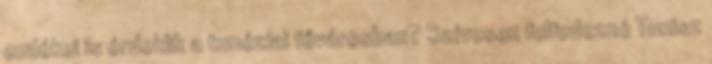
emlékei is érdeklik a tunéziai fővárosban? Szívesen felfedezné Tunisz